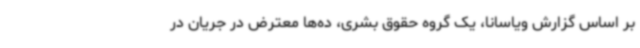
بر اساس گزارش ویاسانا، یک گروه حقوق بشری، ده‌ها معترض در جریان در